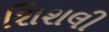
શિશલી